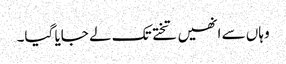
وہاں سے انھیں تختے تک لے جایا گیا۔